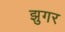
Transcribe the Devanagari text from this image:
झुगर